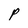
Character: P